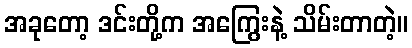
အခုတော့ ဒင်းတို့က အကြွေးနဲ့ သိမ်းတာတဲ့။